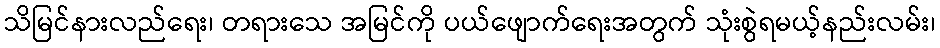
သိမြင်နားလည်ရေး၊ တရားသေ အမြင်ကို ပယ်ဖျောက်ရေးအတွက် သုံးစွဲရမယ့်နည်းလမ်း၊